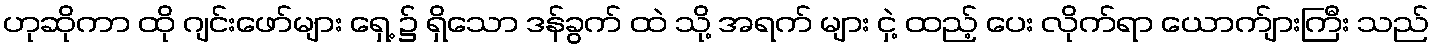
ဟုဆိုကာ ထို ဂျင်းဖော်များ ရှေ့ ၌ ရှိသော ဒန်ခွက် ထဲ သို့ အရက် များ ငှဲ့ ထည့် ပေး လိုက်ရာ ယောက်ျားကြီး သည်